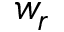
w _ { r }